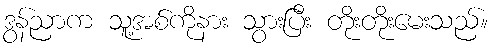
ဒွန်ညာက သူ့အစ်ကိုနား သွားပြီး တိုးတိုးမေးသည်။